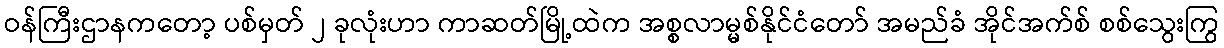
ဝန်ကြီးဌာနကတော့ ပစ်မှတ် ၂ ခုလုံးဟာ ကာဆတ်မြို့ထဲက အစ္စလာမ္မစ်နိုင်ငံတော် အမည်ခံ အိုင်အက်စ် စစ်သွေးကြွ